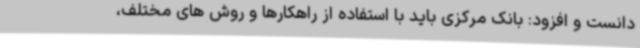
دانست و افزود: بانک مرکزی باید با استفاده از راهکارها و روش های مختلف،